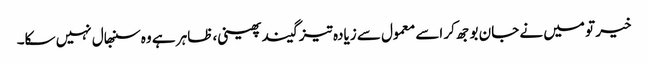
خیر تو میں نے جان بوجھ کر اسے معمول سے زیادہ تیز گیند پھینی، ظاہر ہے وہ سنبھال نہیں سکا۔